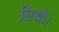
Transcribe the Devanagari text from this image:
तिथौ।